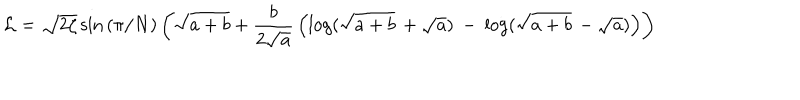
{ \cal L } = \sqrt { 2 \zeta } \sin { ( \pi / N ) } \left( \sqrt { a + b } + { \frac { b } { 2 \sqrt { a } } } \left( \log ( \sqrt { a + b } \, + \sqrt { a } ) \: - \: \log ( \sqrt { a + b } \, - \sqrt { a } ) \right) \right)